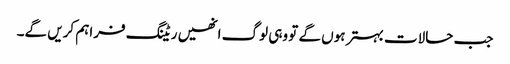
جب حالات بہتر ہوں گے تو وہی لوگ انھیں ریٹنگ فراہم کریں گے۔